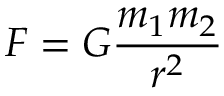
F = G { \frac { m _ { 1 } m _ { 2 } } { r ^ { 2 } } }